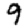
Digit: 9